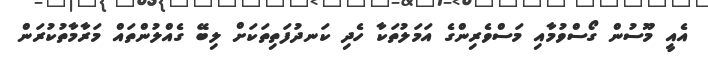
އެއީ މޫސުން ގޯސްވުމާއި މަސްވެރިންގެ އަމަލުތަކާ ހެދި ކަނދުފަތިތަކަށް ލިބޭ ގެއްލުންތައް މަރާމާތުކުރަން